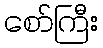
စော်ကြီး